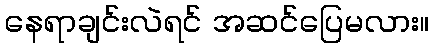
နေရာချင်းလဲရင် အဆင်ပြေမလား။